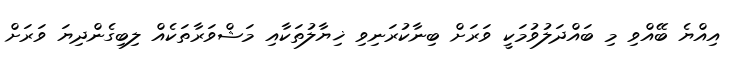
އިއްޔެ ބޭއްވި މި ބައްދަލުވުމަކީ ވަރަށް ބިނާކުރަނިވި ޚިޔާލުތަކާއި މަޝްވަރާތަކެއް ލިބިގެންދިޔަ ވަރަށް